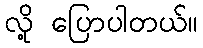
လို့ ပြောပါတယ်။